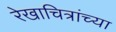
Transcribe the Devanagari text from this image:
रेखाचित्रांच्या